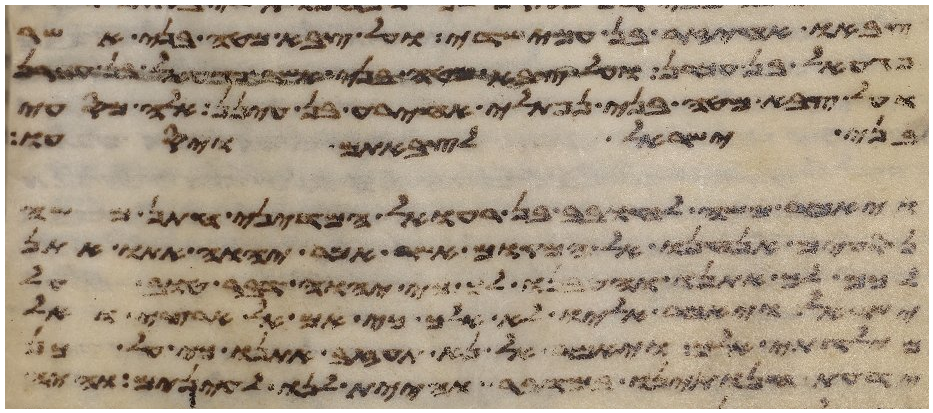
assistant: צבאו אחיעזר בן עמישדי ועל צבא מטה בני אשר
פגעאל בן עכרן ועל צבא מטה בני נפתלי
ועל צבא מטה בני נפתלי אחירע בן עינן אלה מסעי
בני ישראל לצבאתם ויסעו
ויאמר משה לחובב בן רעואל המדיני חתן משה
נסעים אנחנו אל המקום אשר אמר יהוה אתו אתן
לכם לך אתנו והטיבנו לך כי יהוה דבר טוב על
ישראל ויאמר אליו לא אלך כי אם אל ארצי ואל
מולדתי אלך ויאמר אל נא תעזב אתנו כי על
ידעת חנתינו במדבר והיית לנו לעינים והיה